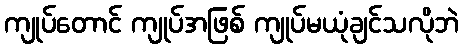
ကျုပ်တောင် ကျုပ်အဖြစ် ကျုပ်မယုံချင်သလိုဘဲ